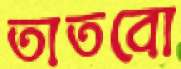
তাতবো